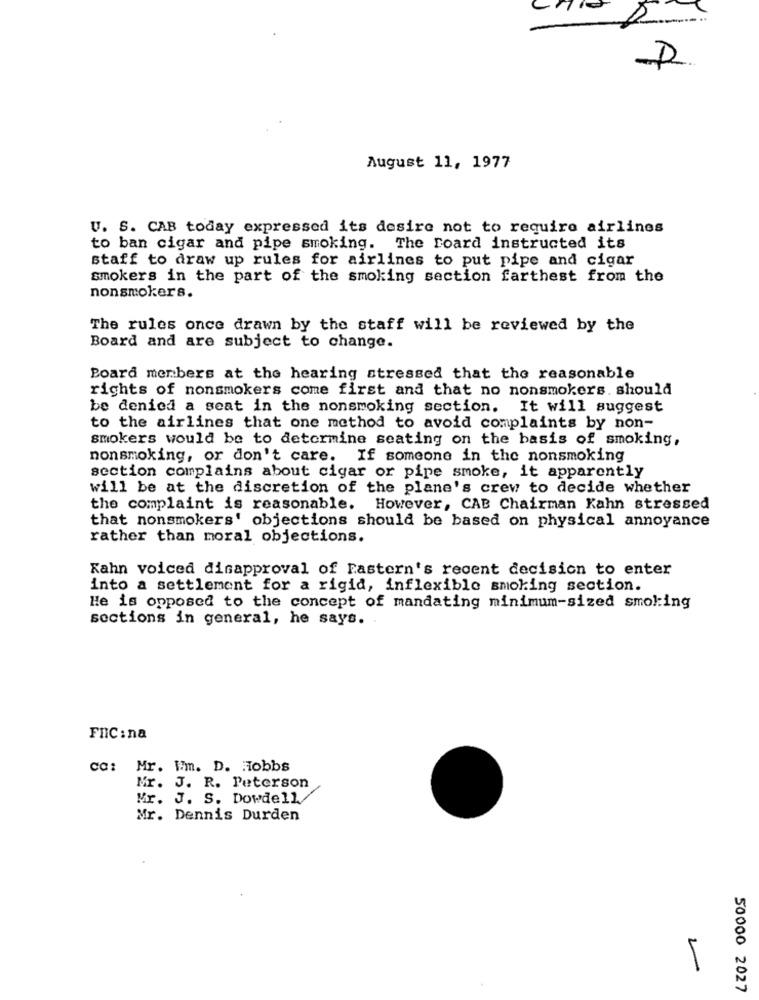
C
A
August 11, 1977
U. S. CAB today expressed its desire not to require airlines
to ban cigar and pipe smoking. The Board instructed its
staff to draw up rules for airlines to put pipe and cigar
smokers in the part of the smoking section farthest from the
nonsmokers.
The rules once drawn by the staff will be reviewed by the
Board and are subject to change.
Board merbers at the hearing stressed that the reasonable
rights of nonsmokers come first and that no nonsmokers. should
be denied a seat in the nonsmoking section. It will suggest
to the airlines that one method to avoid complaints by non-
smokers would be to determine seating on the basis of smoking,
nonsmoking, or don't care. If someone in the nonsmoking
section complains about cigar or pipe smoke, it apparently
will be at the discretion of the plane's crew to decide whether
the complaint is reasonable. However, CAB Chairman Kahn stressed
that nonsmokers' objections should be based on physical annoyance
rather than moral objections.
Kahn voiced disapproval of Eastern's recent decision to enter
into a settlement for a rigid, inflexible smoking section.
He is opposed to the concept of mandating minimum-sized smoking
sections in general, he says.
FRIC : na
ca: Mr. I'm. D. Hobbs
Mr. J. R. Peterson
Mr. J. S. Dowdell/
Mr. Dennis Durden
2
50000 2027